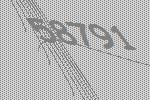
58791